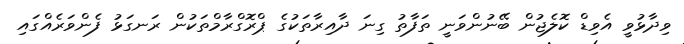
ވިދާޅުވީ އެވިޑް ކޮލެޖުން ބޭނުންވަނީ ތަފާތު ގިނަ ދާއިރާތަކުގެ ޕްރޮގްރާމްތަކުން ރަނގަޅު ފެންވަރެއްގައި